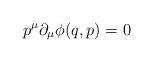
LaTeX: \begin{align*}p^{\mu }\partial _{\mu }\phi (q,p)=0 \end{align*}